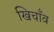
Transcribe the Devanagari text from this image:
खिचाँव